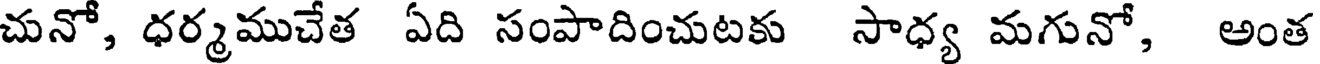
చునో, ధర్మముచేత ఏది సంపాదించుటకు సాధ్య మగునో, అంత